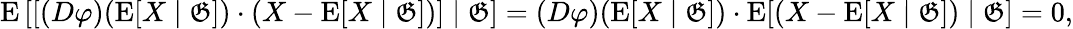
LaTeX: \operatorname{E}\left[\left[(D\varphi)(\operatorname{E}[X\mid{\mathfrak{G}}])\cdot(X-\operatorname{E}[X\mid{\mathfrak{G}}])\right]\mid{\mathfrak{G}}\right]=(D\varphi)(\operatorname{E}[X\mid{\mathfrak{G}}])\cdot\operatorname{E}[\left(X-\operatorname{E}[X\mid{\mathfrak{G}}]\right)\mid{\mathfrak{G}}]=0,